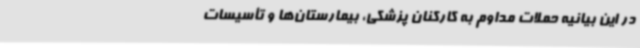
در این بیانیه حملات مداوم به کارکنان پزشکی، بیمارستان‌ها و تأسیسات